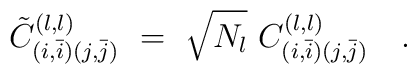
{{\tilde C}_{( i, \bar i )( j,\bar j )}  }^{( l, l )}  \ = \  {\sqrt{N_l} \  C_{( i, \bar i )(j,\bar j )}^{( l, l )}    }\quad .